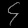
Digit: ၄